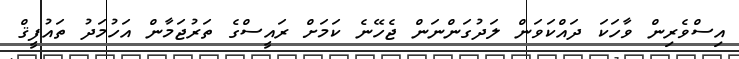
އިސްވެރިން ވާހަކަ ދައްކަވަން ލަދުގަންނަން ޖެހޭނެ ކަމަށް ރައީސްގެ ތަރުޖަމާން އަހުމަދު ތައުފީޤް